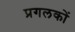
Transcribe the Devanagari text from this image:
प्रगलकों